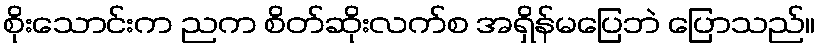
စိုးသောင်းက ညက စိတ်ဆိုးလက်စ အရှိန်မပြေဘဲ ပြောသည်။